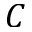
C